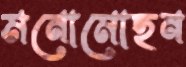
মনোমোহন